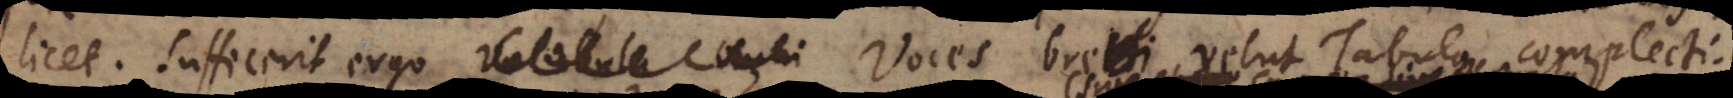
licet. Sufficerit ergo vocabula omni Voces brevi velut Tabula complecti.